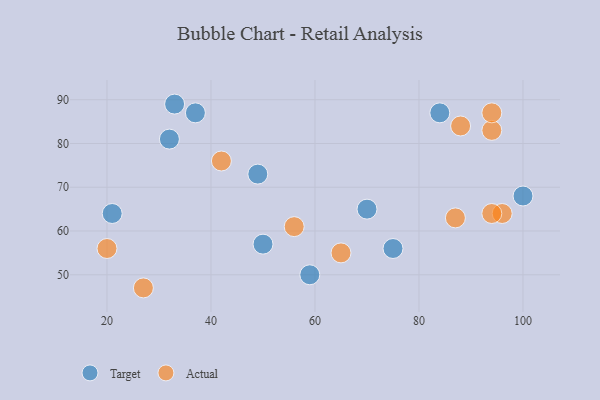
{"axis": {"x": "GDP", "y": "Life Expectancy"}, "legend": ["Actual", "Target"], "data": [{"x": "84", "y": 87, "type": "Target"}, {"x": "50", "y": 57, "type": "Target"}, {"x": "49", "y": 73, "type": "Target"}, {"x": "59", "y": 50, "type": "Target"}, {"x": "32", "y": 81, "type": "Target"}, {"x": "37", "y": 87, "type": "Target"}, {"x": "21", "y": 64, "type": "Target"}, {"x": "70", "y": 65, "type": "Target"}, {"x": "100", "y": 68, "type": "Target"}, {"x": "33", "y": 89, "type": "Target"}, {"x": "75", "y": 56, "type": "Target"}, {"x": "87", "y": 63, "type": "Actual"}, {"x": "20", "y": 56, "type": "Actual"}, {"x": "27", "y": 47, "type": "Actual"}, {"x": "94", "y": 83, "type": "Actual"}, {"x": "65", "y": 55, "type": "Actual"}, {"x": "94", "y": 87, "type": "Actual"}, {"x": "42", "y": 76, "type": "Actual"}, {"x": "96", "y": 64, "type": "Actual"}, {"x": "56", "y": 61, "type": "Actual"}, {"x": "88", "y": 84, "type": "Actual"}, {"x": "94", "y": 64, "type": "Actual"}]}